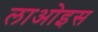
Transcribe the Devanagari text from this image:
लाओइस